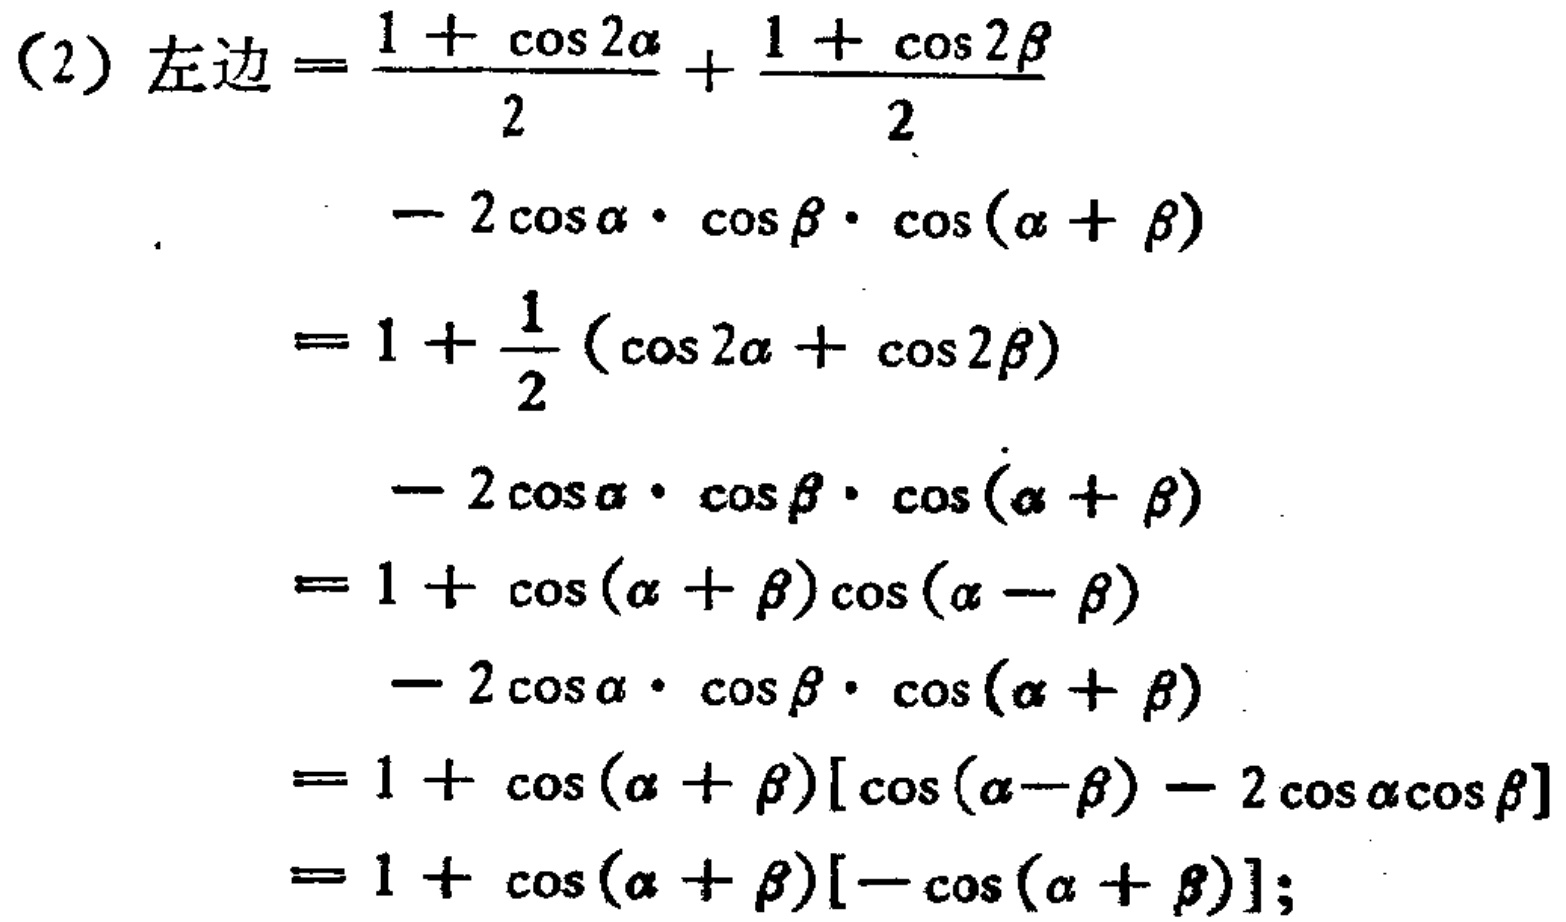
(2) 左边$=\frac{1 + \cos 2\alpha}{2}+\frac{1 + \cos 2\beta}{2}$
$- 2\cos\alpha\cdot\cos\beta\cdot\cos(\alpha + \beta)$
$=1+\frac{1}{2}(\cos 2\alpha+\cos 2\beta)$
$- 2\cos\alpha\cdot\cos\beta\cdot\cos(\alpha + \beta)$
$=1+\cos(\alpha + \beta)\cos(\alpha - \beta)$
$- 2\cos\alpha\cdot\cos\beta\cdot\cos(\alpha + \beta)$
$=1+\cos(\alpha + \beta)[\cos(\alpha - \beta)-2\cos\alpha\cos\beta]$
$=1+\cos(\alpha + \beta)[-\cos(\alpha + \beta)]$;